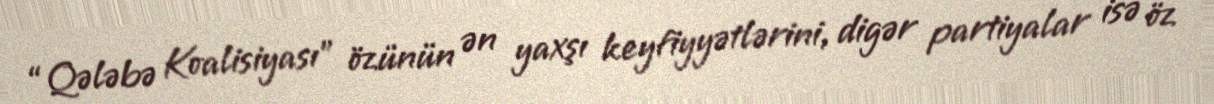
“Qələbə Koalisiyası” özünün ən yaxşı keyfiyyətlərini, digər partiyalar isə öz